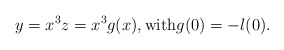
\begin{align*} y=x^3z=x^3g(x),\textrm{with}g(0)=-l(0).\end{align*}